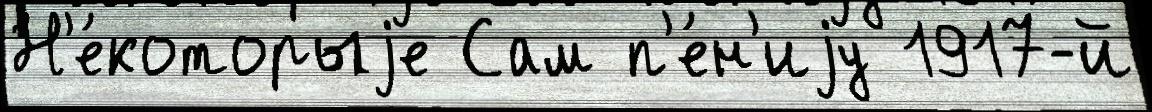
Н'е́которыjе Сам п'е́н'иjу 1917-й